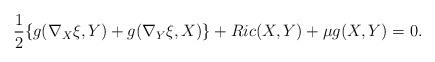
LaTeX: \begin{align*}\frac{1}{2} \{g(\nabla_X \xi, Y) + g(\nabla_Y \xi, X)\} + Ric(X,Y) + \mu g(X,Y) = 0.\end{align*}